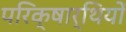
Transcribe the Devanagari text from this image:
परिक्षार्थियों